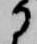
に